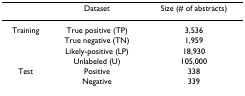
<table><thead><tr><td></td><td><b>Dataset</b></td><td><b>Size (# of abstracts)</b></td></tr></thead><tbody><tr><td>Training</td><td>True positive (TP)</td><td>3,536</td></tr><tr><td></td><td>True negative (TN)</td><td>1,959</td></tr><tr><td></td><td>Likely-positive (LP)</td><td>18,930</td></tr><tr><td></td><td>Unlabeled (U)</td><td>105,000</td></tr><tr><td>Test</td><td>Positive</td><td>338</td></tr><tr><td></td><td>Negative</td><td>339</td></tr></tbody></table>